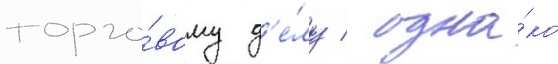
торго́вому д'е́лу / одна́ко